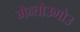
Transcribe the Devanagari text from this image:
मेन्तोउगोउ